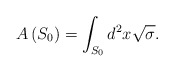
\begin{align*}A\left( S_{0}\right) =\int_{S_{0}}d^{2}x\sqrt{\sigma }.\end{align*}